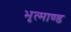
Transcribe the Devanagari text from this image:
भृत्माण्ड